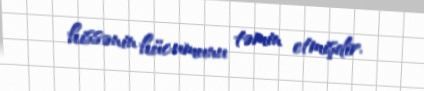
hissənin hücumunu təmin etmişdir.